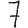
Digit: 7